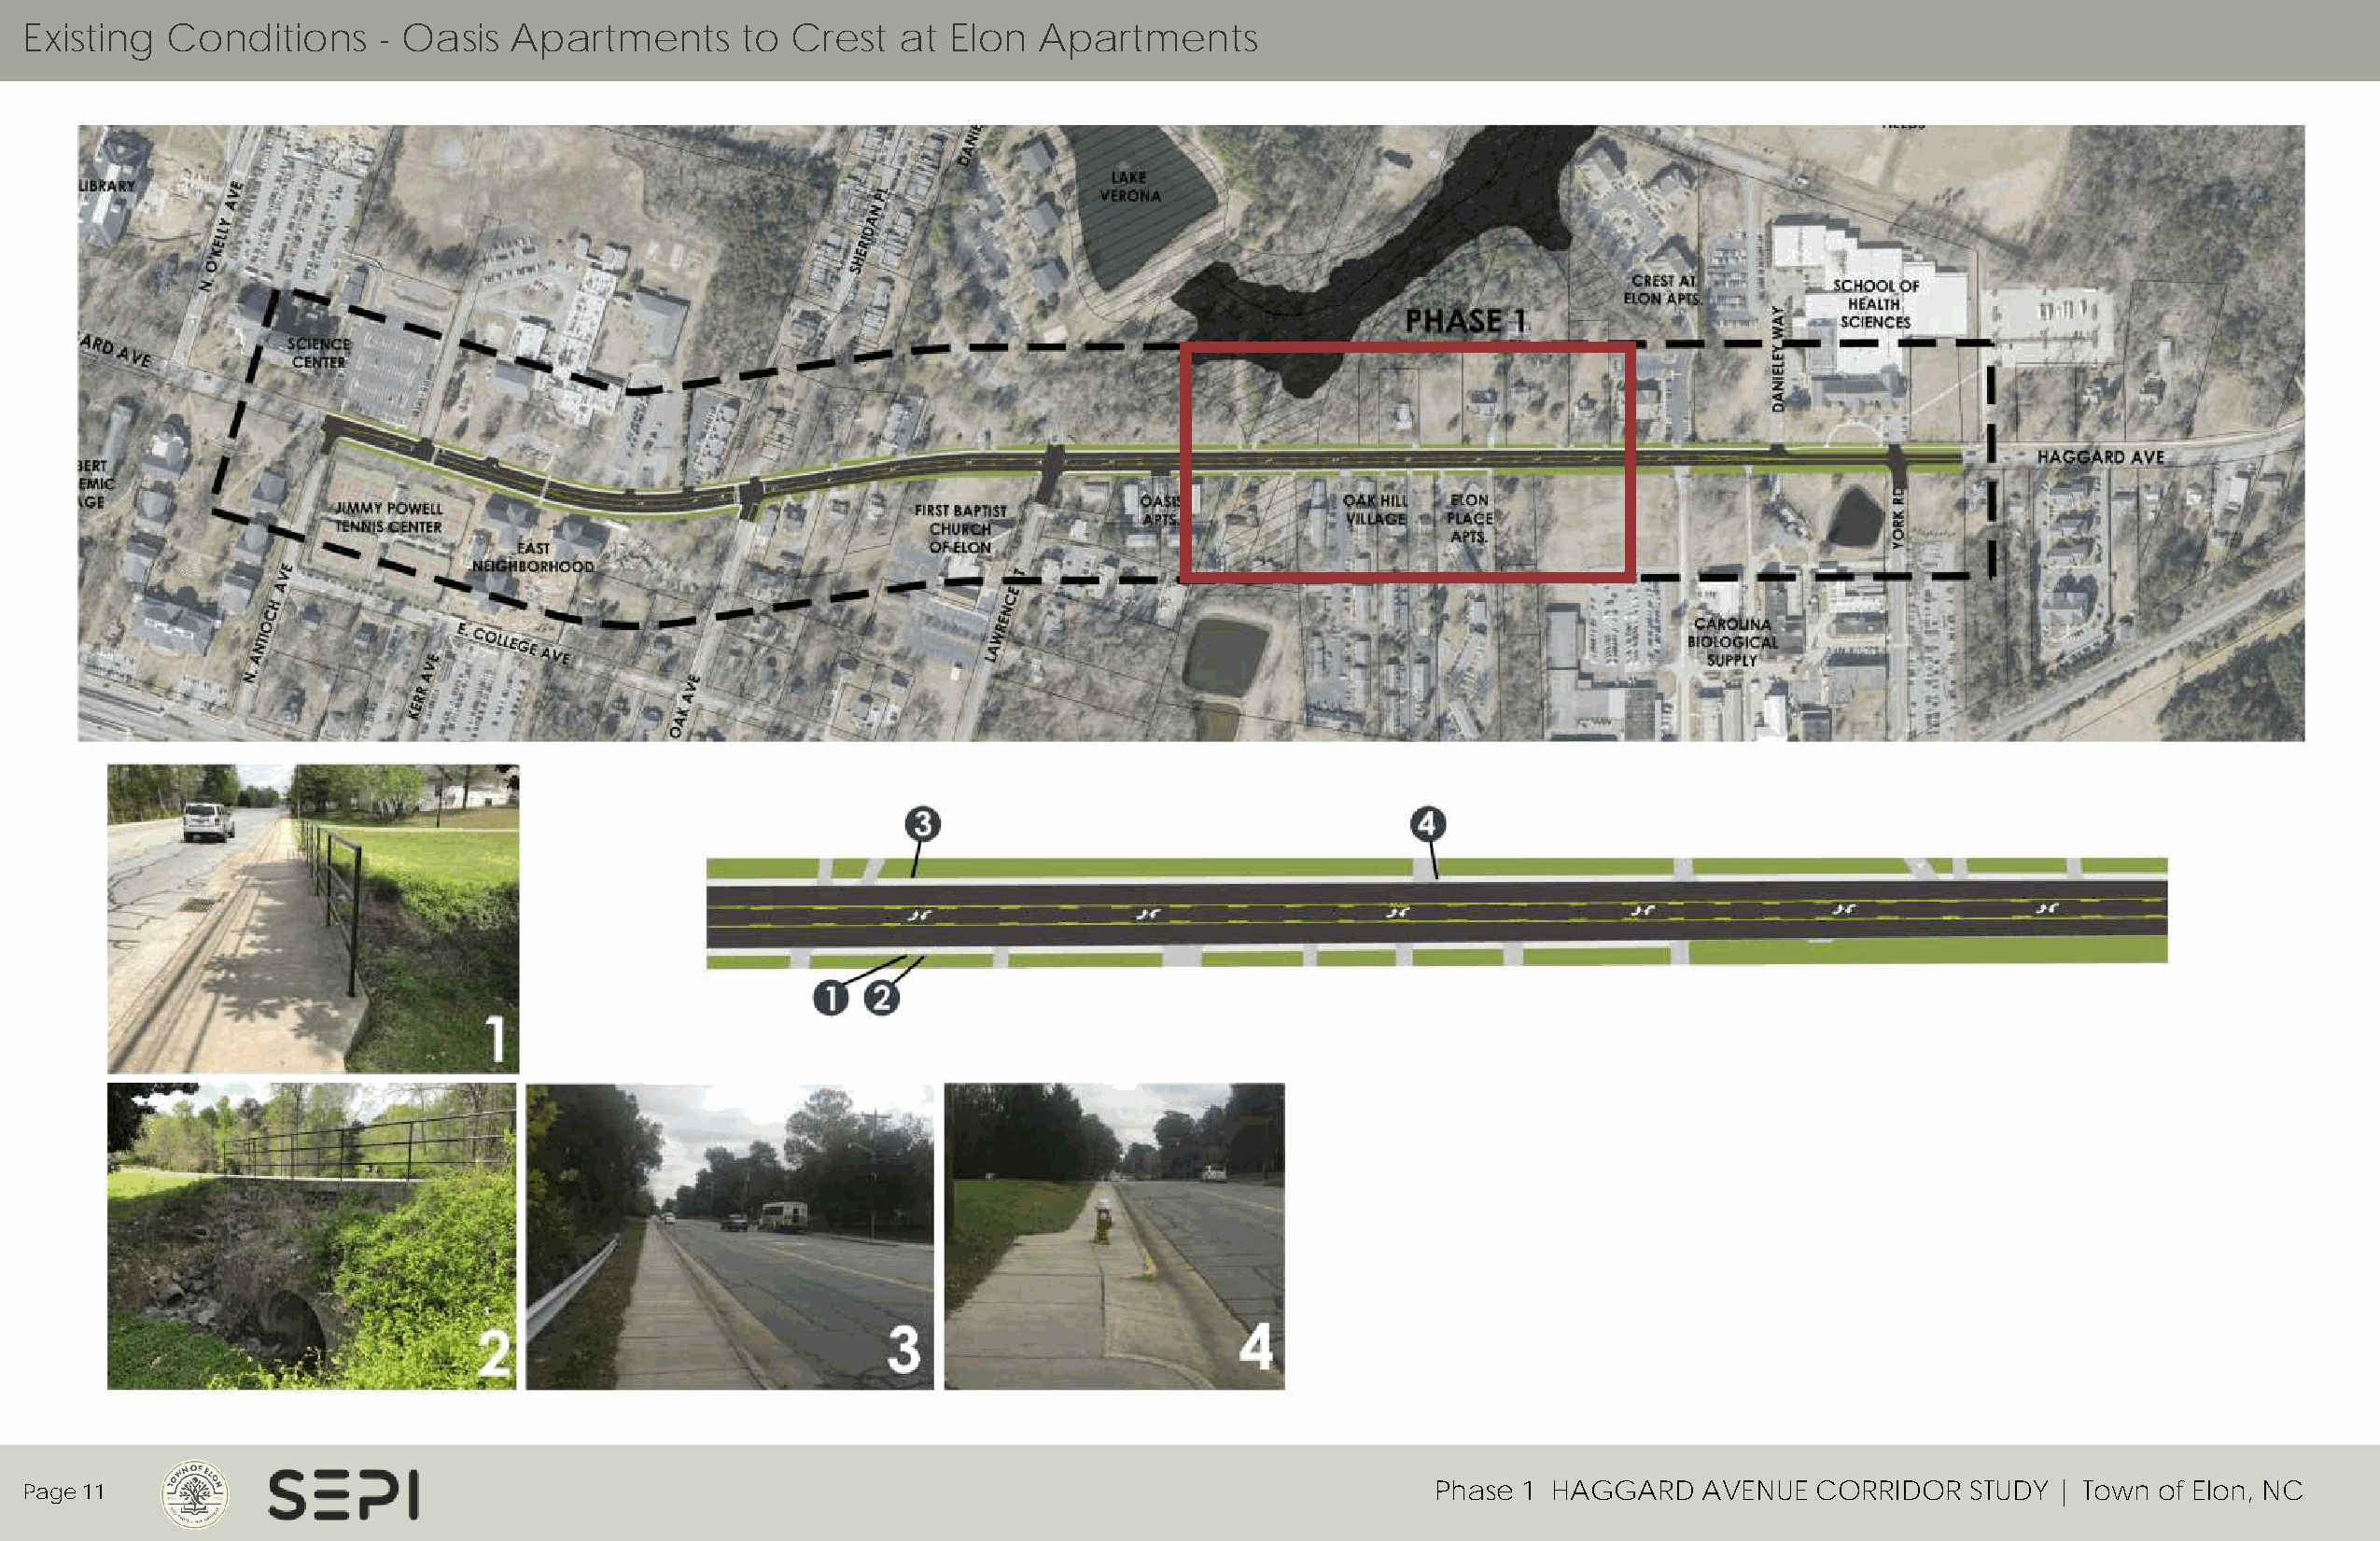
Existing  Conditions     - Oasis  Apartments       to Crest   at Elon   Apartments
 Page 11                                                                                             Phase 1 HAGGARD    AVENUE  CORRIDOR   STUDY | Town of Elon, NC